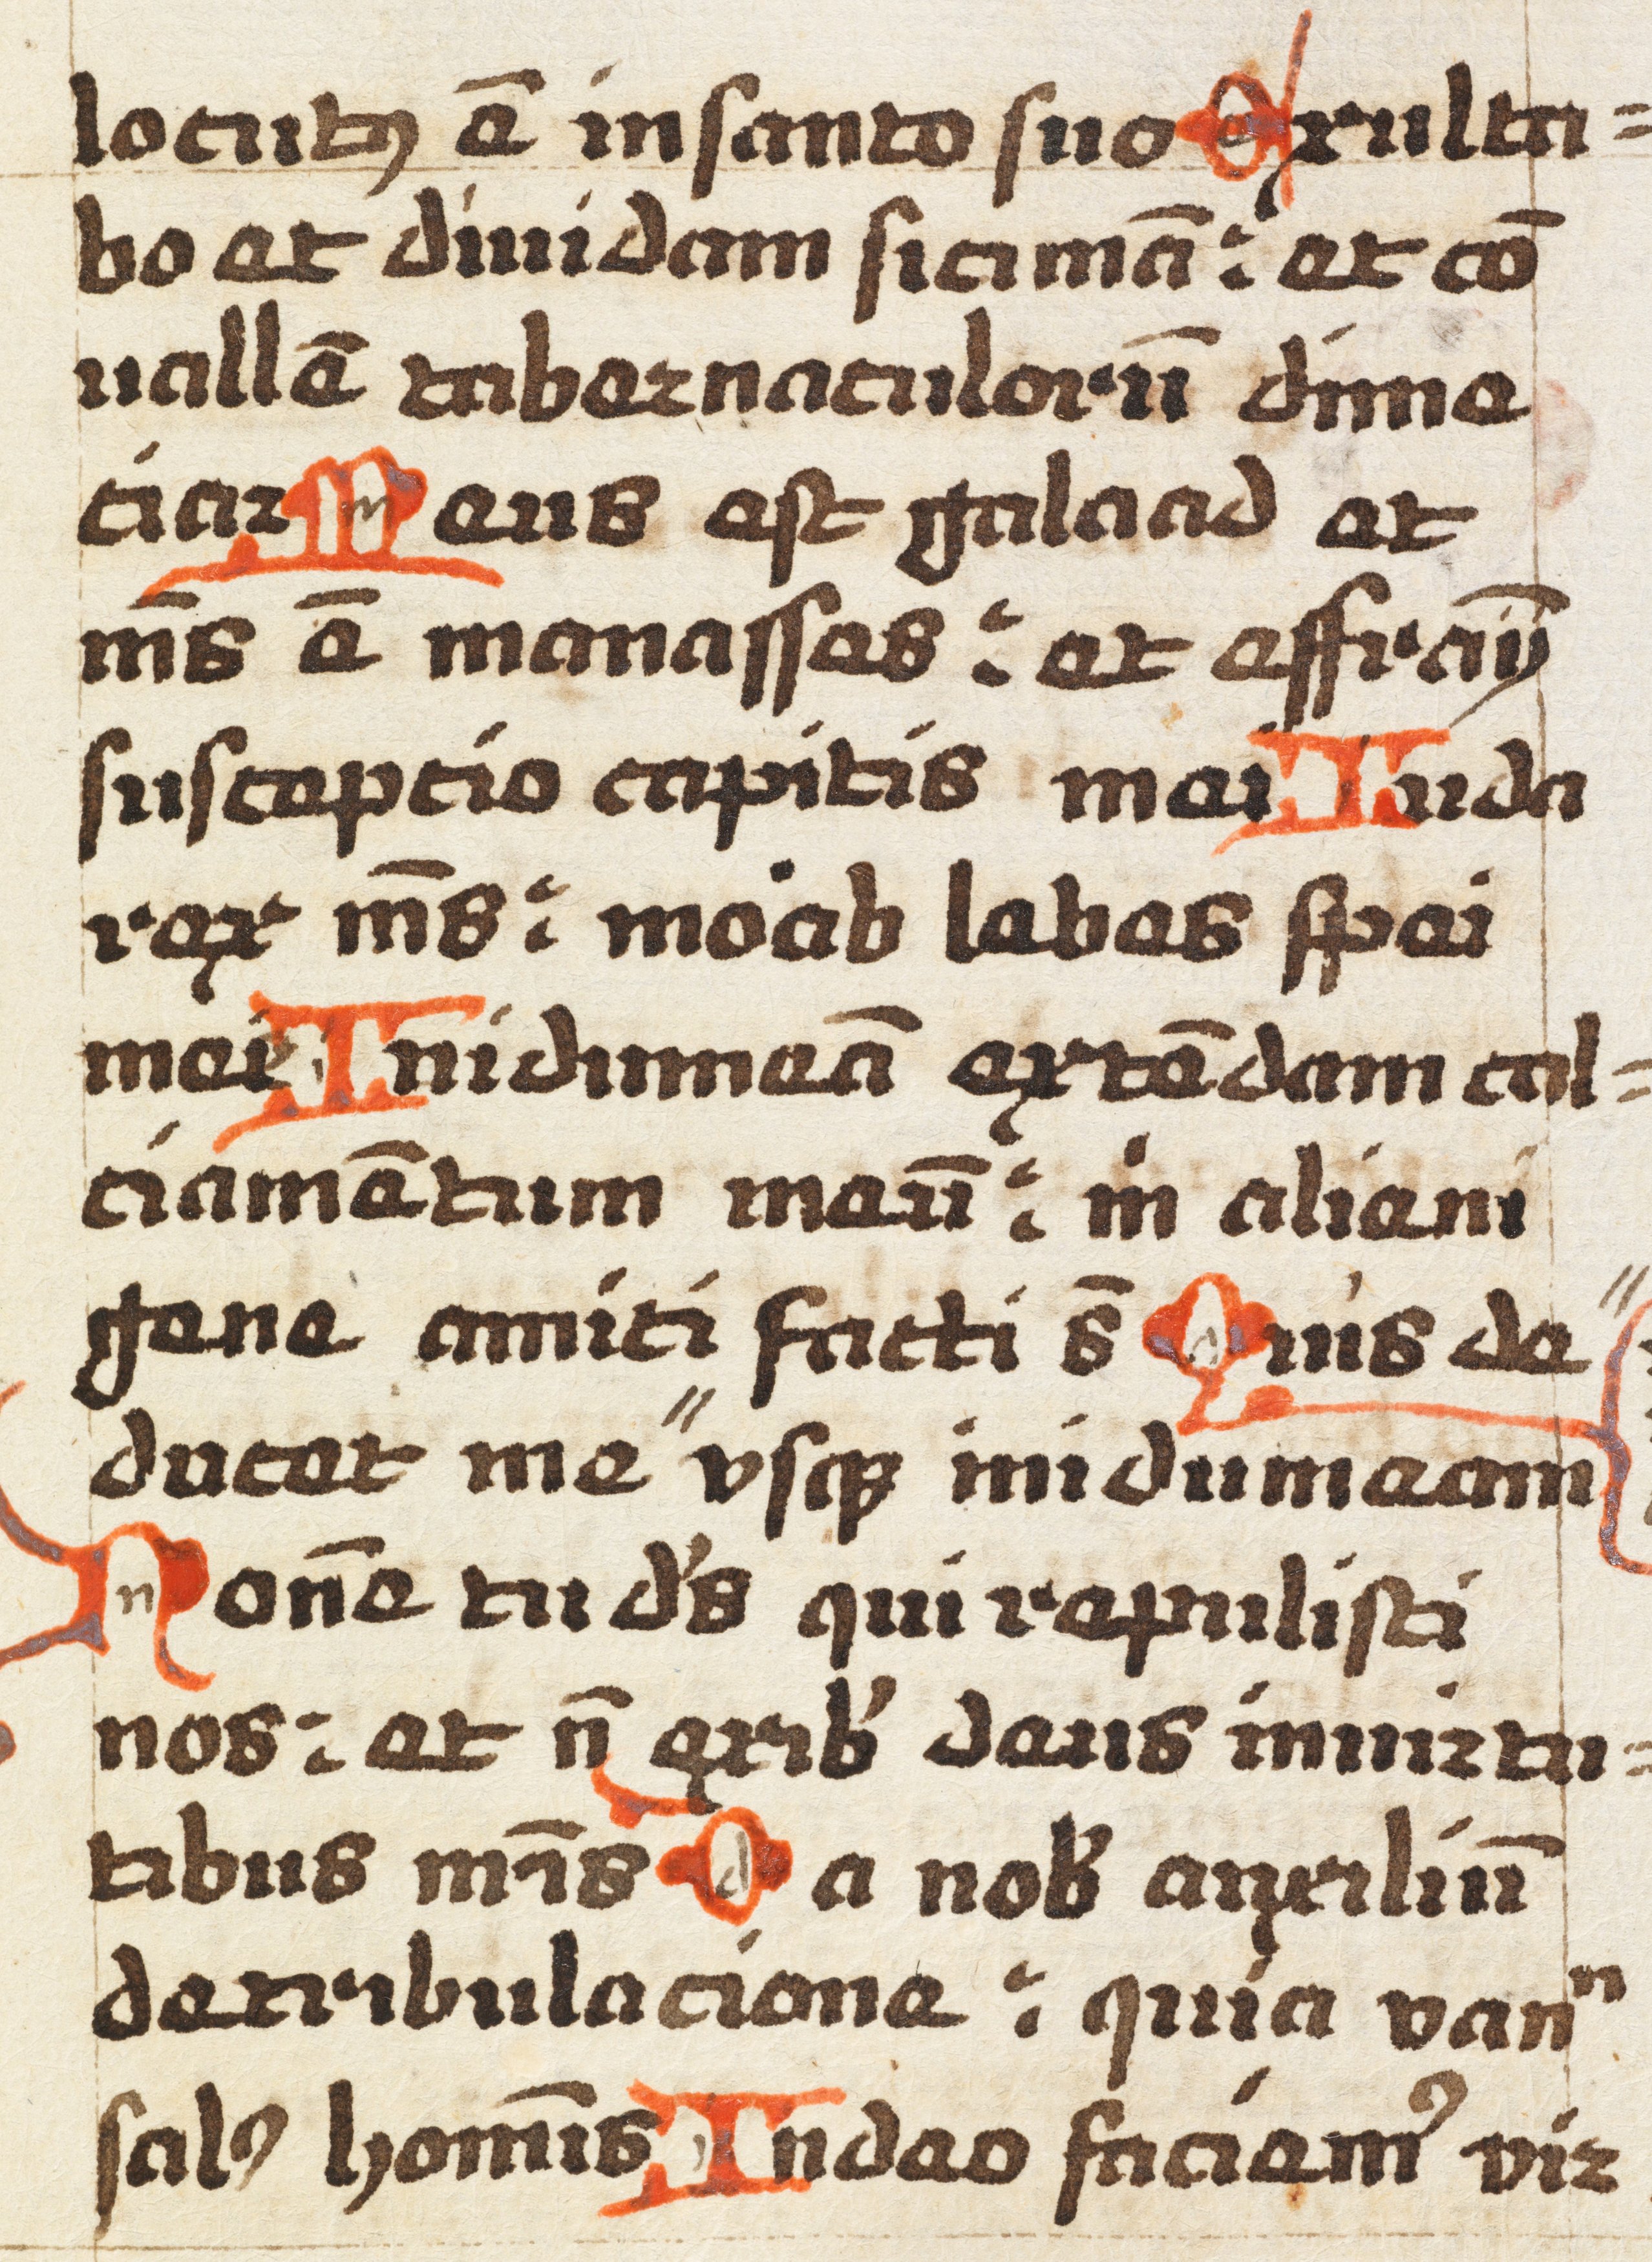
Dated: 1492–1492